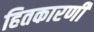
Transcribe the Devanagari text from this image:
हितकारणी